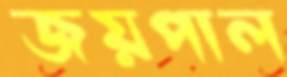
জয়পাল